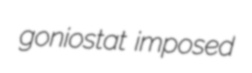
goniostat imposed